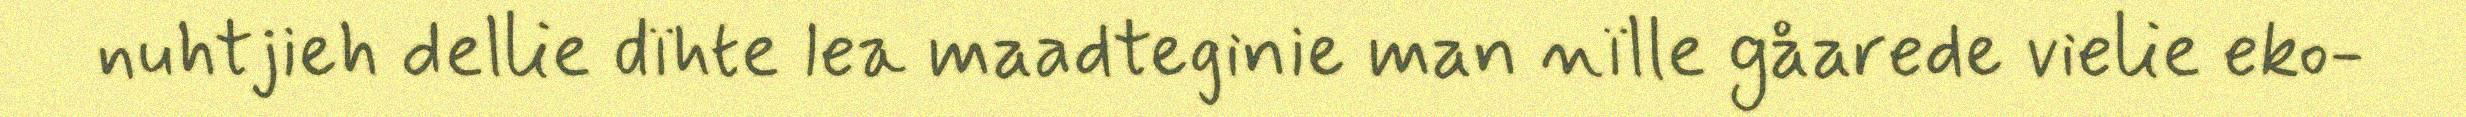
nuhtjieh dellie dïhte lea maadteginie man nïlle gåarede vielie eko-